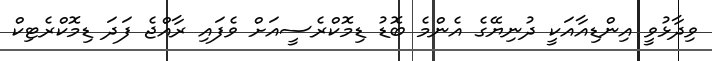
ވިދާޅުވީ އިންޑިއާއަކީ ދުނިޔޭގެ އެންމެ ބޮޑު ޑިމޮކްރެސީއަށް ވެފައިި ރާއްޖެ ފަދަ ޑިމޮކްރެޓިކް